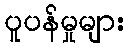
ပူပန်မှုများ